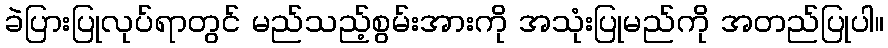
ခဲပြားပြုလုပ်ရာတွင် မည်သည့်စွမ်းအားကို အသုံးပြုမည်ကို အတည်ပြုပါ။